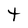
Character: t